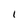
Character: 1